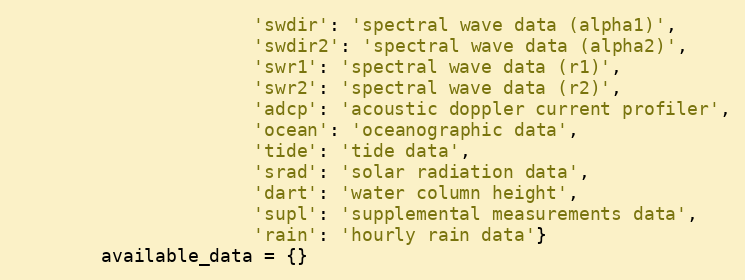
Language: Python
                      'swdir': 'spectral wave data (alpha1)',
                      'swdir2': 'spectral wave data (alpha2)',
                      'swr1': 'spectral wave data (r1)',
                      'swr2': 'spectral wave data (r2)',
                      'adcp': 'acoustic doppler current profiler',
                      'ocean': 'oceanographic data',
                      'tide': 'tide data',
                      'srad': 'solar radiation data',
                      'dart': 'water column height',
                      'supl': 'supplemental measurements data',
                      'rain': 'hourly rain data'}
        available_data = {}